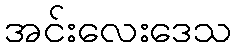
အင်းလေးဒေသ